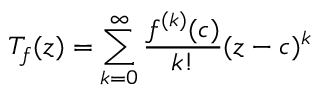
T _ { f } ( z ) = \sum _ { k = 0 } ^ { \infty } { \frac { f ^ { ( k ) } ( c ) } { k ! } } ( z - c ) ^ { k }